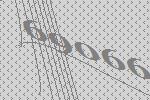
69066